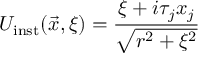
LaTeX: U _ { \mathrm { i n s t } } ( \vec { x } , \xi ) = \frac { \xi + i \tau _ { j } x _ { j } } { \sqrt { r ^ { 2 } + \xi ^ { 2 } } }